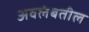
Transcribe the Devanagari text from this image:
अवलंबतील